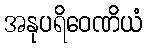
အနုပရိဝေဏိယံ